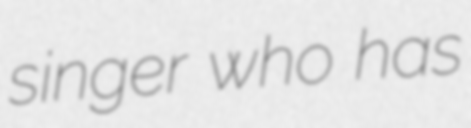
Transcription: singer who has